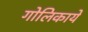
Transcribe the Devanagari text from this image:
गोलिकायें